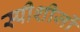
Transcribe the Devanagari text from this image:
स्पीशीजों